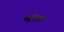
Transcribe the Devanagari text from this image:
स्तूपात